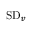
\mathrm { S D } _ { v }